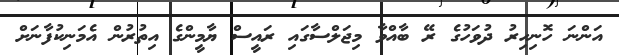
އަންނަ ހޮނިހިރު ދުވަހުގެ ރޭ ބާއްވާ މިޖަލްސާގައި ރައީސް ޔާމީންގެ އިތުރުން އެމަނިކުފާނަށް